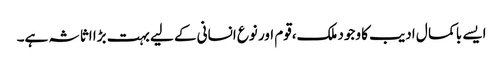
ایسے با کما ل ادیب کا وجود ملک،قوم اور نوع انسانی کے لیے بہت بڑا اثاثہ ہے۔